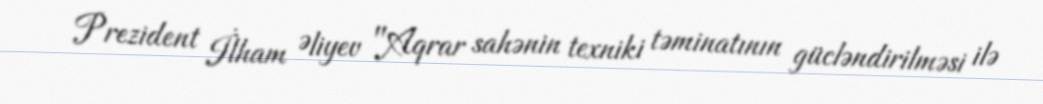
Prezident İlham Əliyev "Aqrar sahənin texniki təminatının gücləndirilməsi ilə